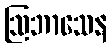
ဩဘာသေန